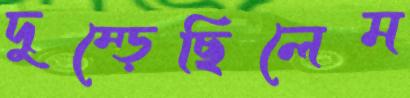
দুম্‌ড়েছিলেম